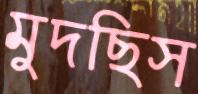
মুদছিস